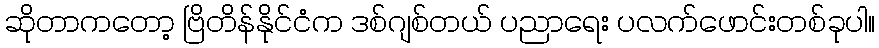
ဆိုတာကတော့ ဗြိတိန်နိုင်ငံက ဒစ်ဂျစ်တယ် ပညာရေး ပလက်ဖောင်းတစ်ခုပါ။